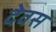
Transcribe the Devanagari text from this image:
देवस